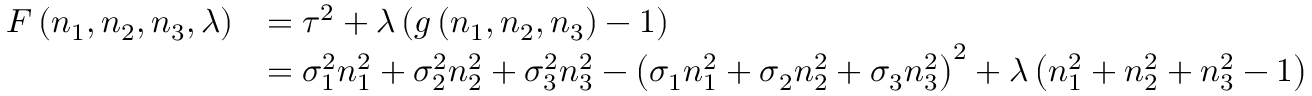
{ \begin{array} { r l } { F \left( n _ { 1 } , n _ { 2 } , n _ { 3 } , \lambda \right) } & { = \tau ^ { 2 } + \lambda \left( g \left( n _ { 1 } , n _ { 2 } , n _ { 3 } \right) - 1 \right) } \\ & { = \sigma _ { 1 } ^ { 2 } n _ { 1 } ^ { 2 } + \sigma _ { 2 } ^ { 2 } n _ { 2 } ^ { 2 } + \sigma _ { 3 } ^ { 2 } n _ { 3 } ^ { 2 } - \left( \sigma _ { 1 } n _ { 1 } ^ { 2 } + \sigma _ { 2 } n _ { 2 } ^ { 2 } + \sigma _ { 3 } n _ { 3 } ^ { 2 } \right) ^ { 2 } + \lambda \left( n _ { 1 } ^ { 2 } + n _ { 2 } ^ { 2 } + n _ { 3 } ^ { 2 } - 1 \right) } \end{array} }